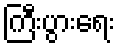
ကြီးပွားရေး